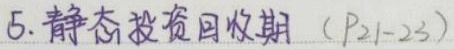
5. 静态投资回收期（$P_{21 - 23}$）